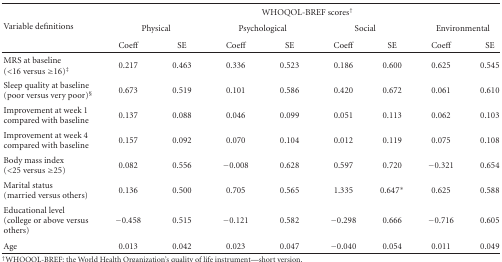
<table><thead><tr><td rowspan="3"><b>Variable definitions</b></td><td colspan="8"><b>WHOQOL-BREF scores<sup>†</sup></b></td></tr><tr><td colspan="2"><b>Physical</b></td><td colspan="2"><b>Psychological</b></td><td colspan="2"><b>Social</b></td><td colspan="2"><b>Environmental</b></td></tr><tr><td><b>Coeff</b></td><td><b>SE</b></td><td><b>Coeff</b></td><td><b>SE</b></td><td><b>Coeff</b></td><td><b>SE</b></td><td><b>Coeff</b></td><td><b>SE </b></td></tr></thead><tbody><tr><td>MRS at baseline (&lt;16 versus ≥16)<sup>‡</sup></td><td>0.217</td><td>0.463</td><td>0.336</td><td>0.523</td><td>0.186</td><td>0.600</td><td>0.625</td><td>0.545</td></tr><tr><td>Sleep quality at baseline(poor versus very poor)<sup>§</sup></td><td>0.673</td><td>0.519</td><td>0.101</td><td>0.586</td><td>0.420</td><td>0.672</td><td>0.061</td><td>0.610</td></tr><tr><td>Improvement at week 1 compared with baseline</td><td>0.137</td><td>0.088</td><td>0.046</td><td>0.099</td><td>0.051</td><td>0.113</td><td>0.062</td><td>0.103</td></tr><tr><td>Improvement at week 4 compared with baseline</td><td>0.157</td><td>0.092</td><td>0.070</td><td>0.104</td><td>0.012</td><td>0.119</td><td>0.075</td><td>0.108</td></tr><tr><td>Body mass index(&lt;25 versus ≥25)</td><td>0.082</td><td>0.556</td><td>−0.008</td><td>0.628</td><td>0.597</td><td>0.720</td><td>−0.321</td><td>0.654</td></tr><tr><td>Marital status(married versus others)</td><td>0.136</td><td>0.500</td><td>0.705</td><td>0.565</td><td>1.335</td><td>0.647*</td><td>0.625</td><td>0.588</td></tr><tr><td>Educational level(college or above versus others)</td><td>−0.458</td><td>0.515</td><td>−0.121</td><td>0.582</td><td>−0.298</td><td>0.666</td><td>−0.716</td><td>0.605</td></tr><tr><td>Age</td><td>0.013</td><td>0.042</td><td>0.023</td><td>0.047</td><td>−0.040</td><td>0.054</td><td>0.011</td><td>0.049</td></tr></tbody></table>